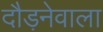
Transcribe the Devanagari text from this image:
दौड़नेवाला